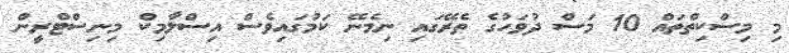
މި މިސްކިތްތައް 10 މަސް ދުވަހުގެ ތެރޭގައި ނިމެނޭ ކަމުގައިވެސް އިސްލާމިކް މިނިސްޓްރީން